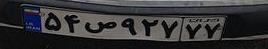
۵۴ص۹۲۷۷۷